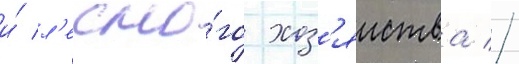
и́ л'есно́го хоз'яиства //